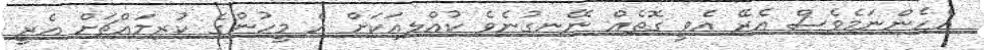
އެހެންނަމެވެސް އެރޭ އެވީ ގޮތެއް ނޭނގުނެވެ ކުއްލިއަކަށް އެ މީހުންގެ ކުރިމައްޗަށް އެރީ